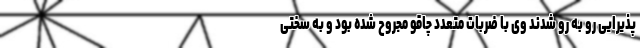
پذیرایی رو به رو شدند وی با ضربات متعدد چاقو مجروح شده بود و به سختی